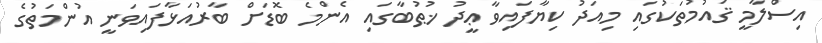
އިސްލާމީ ޤައުމުތަކުގައި މިއަދު ކިޔާފައިވާ ޢީދު ޚުޠުބާގައި އެންމެ ބޮޑަށް ބާރުއަޅާފައިވަނީ އުންމަތުގެ